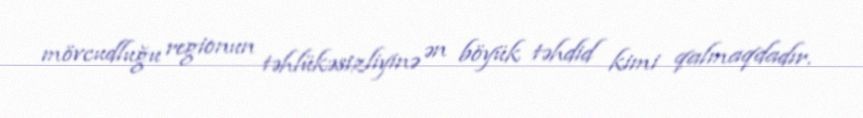
mövcudluğu regionun təhlükəsizliyinə ən böyük təhdid kimi qalmaqdadır.